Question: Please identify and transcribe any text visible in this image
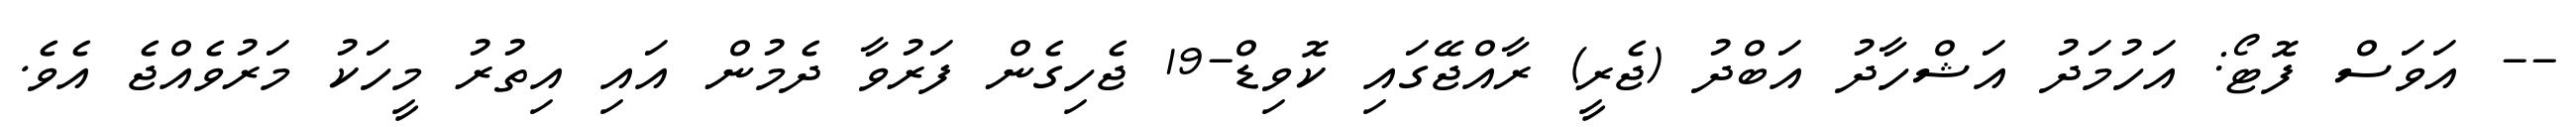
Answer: -- އަވަސް ފޮޓޯ: އަހުމަދު އަޝްހާދު އަބްދު (ޖެރީ) ރާއްޖޭގައި ކޮވިޑް-19 ޖެހިގެން ފަރުވާ ދެމުން އައި އިތުރު މީހަކު މަރުވެއްޖެ އެވެ.